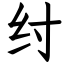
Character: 纣